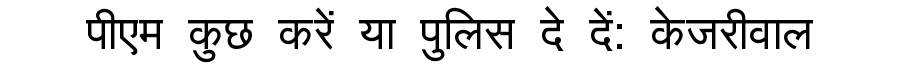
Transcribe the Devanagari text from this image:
पीएम कुछ करें या पुलिस दे दें: केजरीवाल